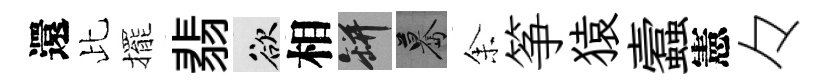
還比擺翡欲相瓶驀𪜬筝猿蠧憲々